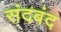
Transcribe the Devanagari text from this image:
संदबंद